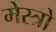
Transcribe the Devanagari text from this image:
मेस्त्रो